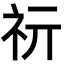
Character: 𥘕